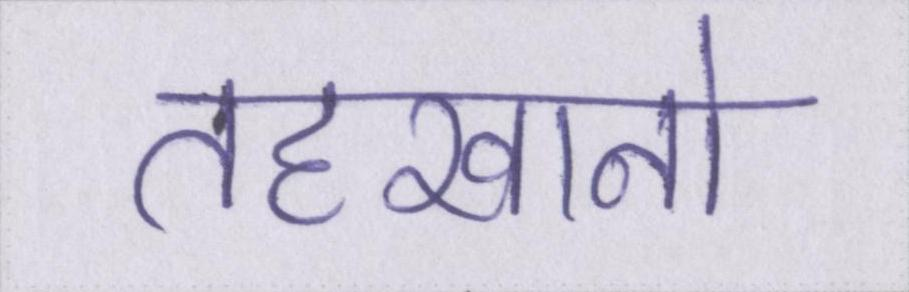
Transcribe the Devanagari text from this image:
तहखानो